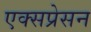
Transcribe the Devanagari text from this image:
एक्सप्रेसन